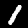
Label: 1